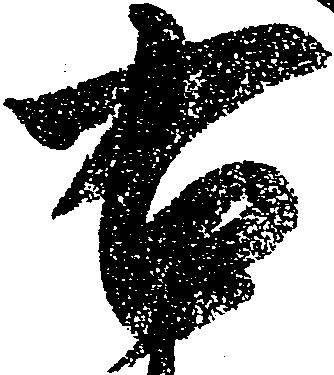
右